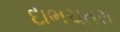
દાભચતરા